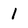
Character: 1